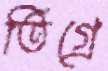
তিগ্রে